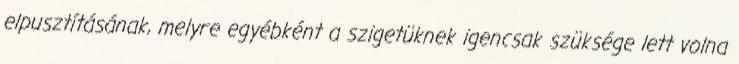
elpusztításának, melyre egyébként a szigetüknek igencsak szüksége lett volna